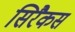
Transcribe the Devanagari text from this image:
सिरैकस